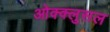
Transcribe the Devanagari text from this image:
ओक्क्लुसल